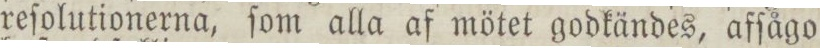
reſolutionerna ſom alla af mötet godkändes, afſågo